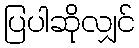
ပြပါဆိုလျှင်